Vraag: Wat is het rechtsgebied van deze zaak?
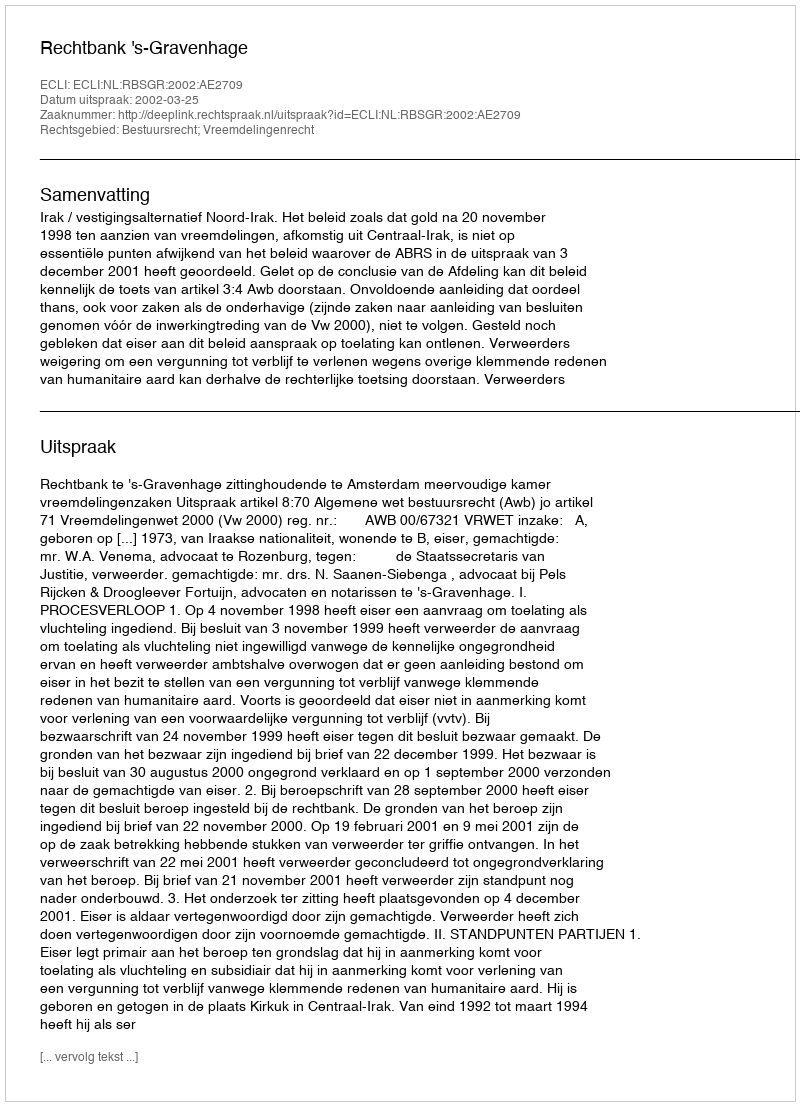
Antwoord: Bestuursrecht; Vreemdelingenrecht